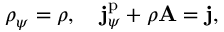
\rho _ { \psi } = \rho , \quad \mathbf { j } _ { \psi } ^ { \mathrm { p } } + \rho \mathbf { A } = \mathbf { j } ,